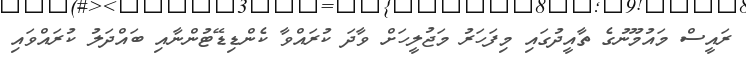
ރައީސް މައުމޫނުގެ ތާއީދުގައި މިފަހަރު މަޖުލީހަށް ވާދަ ކުރައްވާ ކެންޑިޑޭޓުންނާއި ބައްދަލު ކުރައްވައި